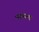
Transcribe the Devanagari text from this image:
घ्यायच